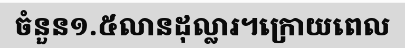
ចំនួន១.៥លានដុល្លារ។ក្រោយពេល